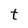
Character: t